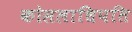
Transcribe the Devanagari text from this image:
कोसलाधिपति